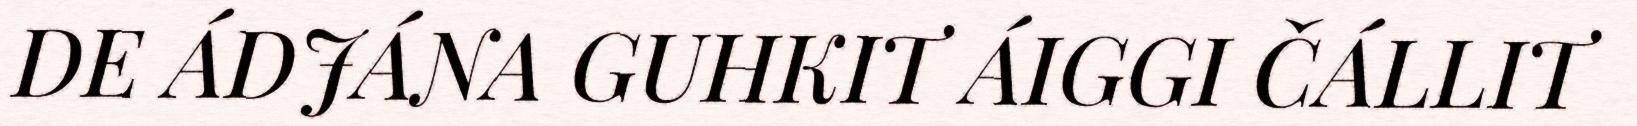
DE ÁDJÁNA GUHKIT ÁIGGI ČÁLLIT